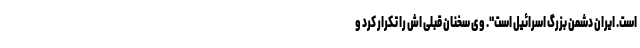
است. ایران دشمن بزرگ اسرائیل است". وی سخنان قبلی اش را تکرار کرد و